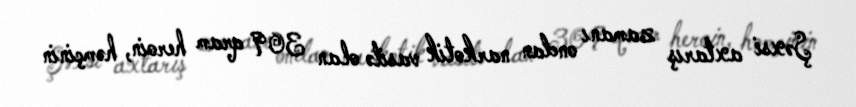
Şəxsi axtarış zamanı ondan narkotik vasitə olan 309 qram heroin, həmçinin